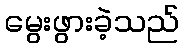
မွေးဖွားခဲ့သည်